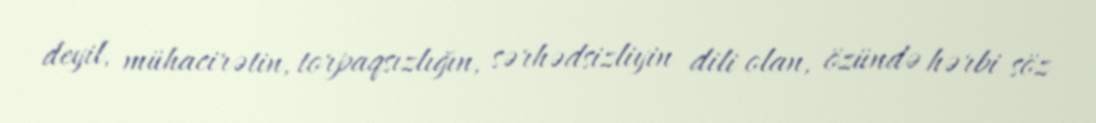
deyil, mühacirətin, torpaqsızlığın, sərhədsizliyin dili olan, özündə hərbi söz